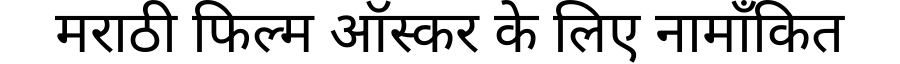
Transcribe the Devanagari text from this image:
मराठी फिल्म ऑस्कर के लिए नामाँकित